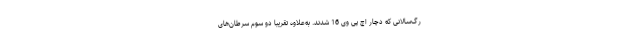
رگ‌سالانی که دچار اچ پی وی 16 شدند. به‌علاوه تقریباً دو سوم سرطان‌های